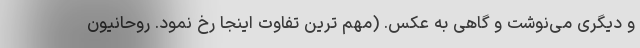
و دیگری می‌نوشت و گاهی به عکس. (مهم ترین تفاوت اینجا رخ نمود. روحانیون